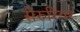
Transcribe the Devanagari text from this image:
सेरुरियर